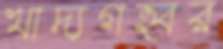
খাদ্যগহ্বর